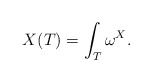
\begin{align*} X(T)=\int_T \omega^X. \end{align*}